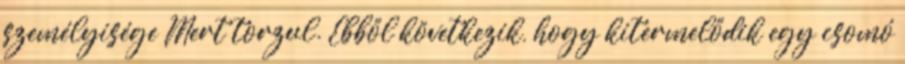
személyisége Mert torzul. Ebből következik, hogy kitermelődik egy csomó